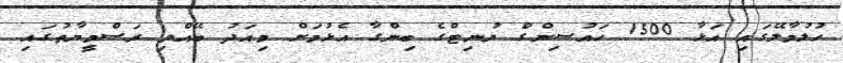
ހުލުމާލޭގައި އަޅާ 1500 ހައުސިންގް ޔުނިޓްގެ ބިންގާ އެޅުމަށް މިއަދު ބޭއްވި ރަސްމީޔާތުގައި